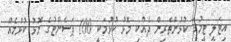
އިޓަލީ ޓީމުގެ ކުޅުންތެރިން ދެއްކި މޮޅު ކުޅުމަކީ 100 ޕަސެންޓުގެ މޮޅު ކުޅުމެއް